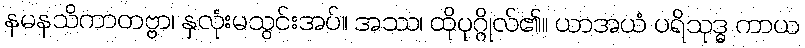
နမနသိကာတဗ္ဗာ၊ နှလုံးမသွင်းအပ်။ အဿ၊ ထိုပုဂ္ဂိုလ်၏။ ယာအယံ ပရိသုဒ္ဓ ကာယ